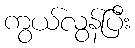
ကွယ်လွန်ပြီး